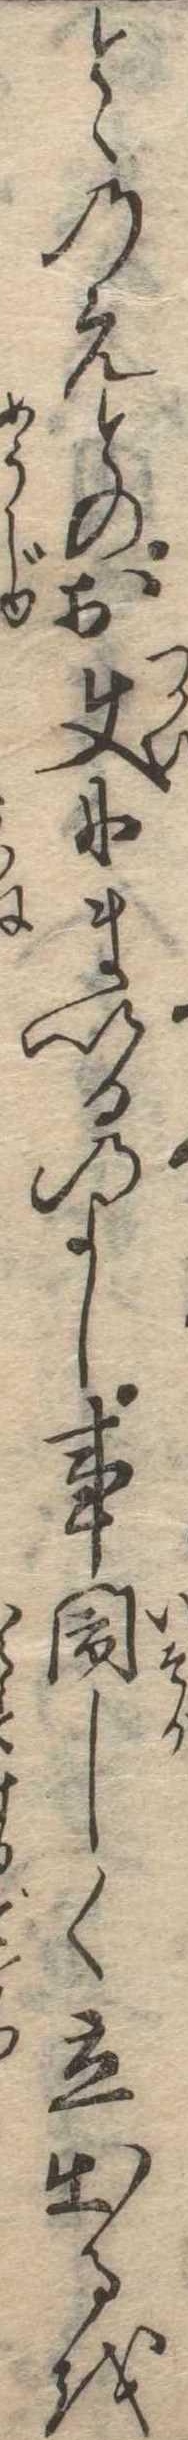
とゝのえとのお使にまいるのよし事閙しく立出るを